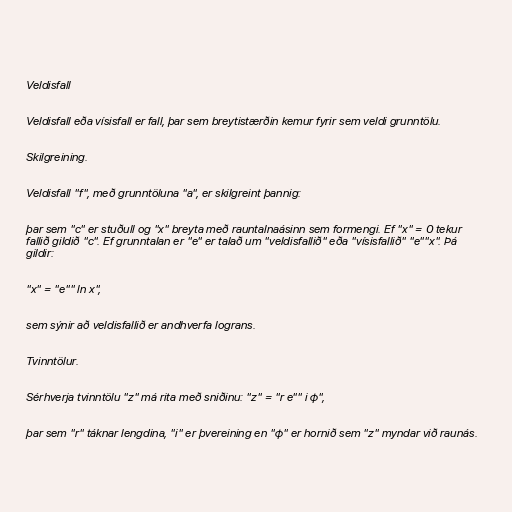
Veldisfall

Veldisfall eða vísisfall er fall, þar sem breytistærðin kemur fyrir sem veldi grunntölu.

Skilgreining.

Veldisfall "f", með grunntöluna "a", er skilgreint þannig:

þar sem "c" er stuðull og "x" breyta með rauntalnaásinn sem formengi. Ef "x" = 0 tekur
fallið gildið "c". Ef grunntalan er "e" er talað um "veldisfallið" eða "vísisfallið" "e""x". Þá
gildir:

"x" = "e"" ln x",

sem sýnir að veldisfallið er andhverfa lograns.

Tvinntölur.

Sérhverja tvinntölu "z" má rita með sniðinu: "z" = "r e"" i φ",

þar sem "r" táknar lengdina, "i" er þvereining en "φ" er hornið sem "z" myndar við raunás.